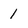
Character: 1